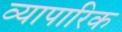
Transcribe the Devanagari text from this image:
व्‍यापारिक